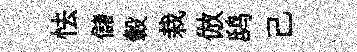
怯儲轂栽倣鸱己